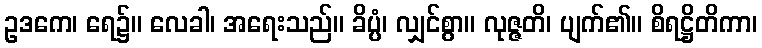
ဥဒကေ၊ ရေ၌။ လေခါ၊ အရေးသည်။ ခိပ္ပံ၊ လျှင်စွာ။ လုဇ္ဇတိ၊ ပျက်၏။ စိရဋ္ဌိတိကာ၊